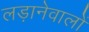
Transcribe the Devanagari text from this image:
लड़ानेवालों